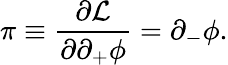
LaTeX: \pi\equiv{\frac{\partial{\cal L}}{\partial\partial_{+}\phi}}=\partial_{-}\phi.